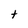
Character: t